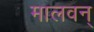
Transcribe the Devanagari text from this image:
मालवन्